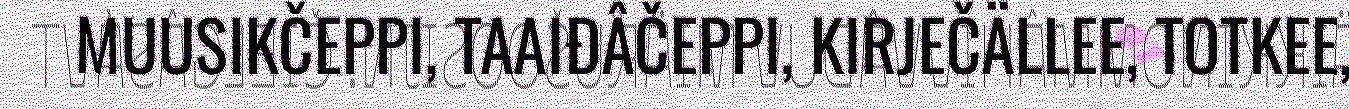
MUUSIKČEPPI, TAAIĐÂČEPPI, KIRJEČÄLLEE, TOTKEE,